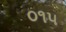
૦૧૫